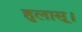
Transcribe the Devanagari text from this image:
हुलासू।